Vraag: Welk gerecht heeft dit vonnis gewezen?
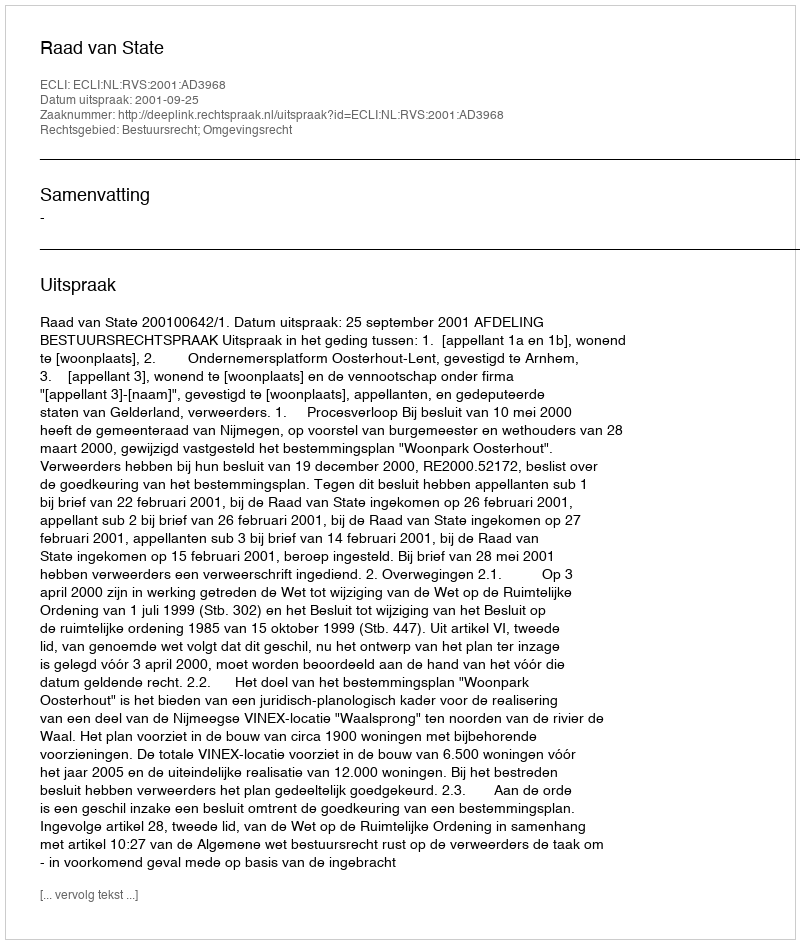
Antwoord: Raad van State